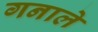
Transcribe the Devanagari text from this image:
गनाले